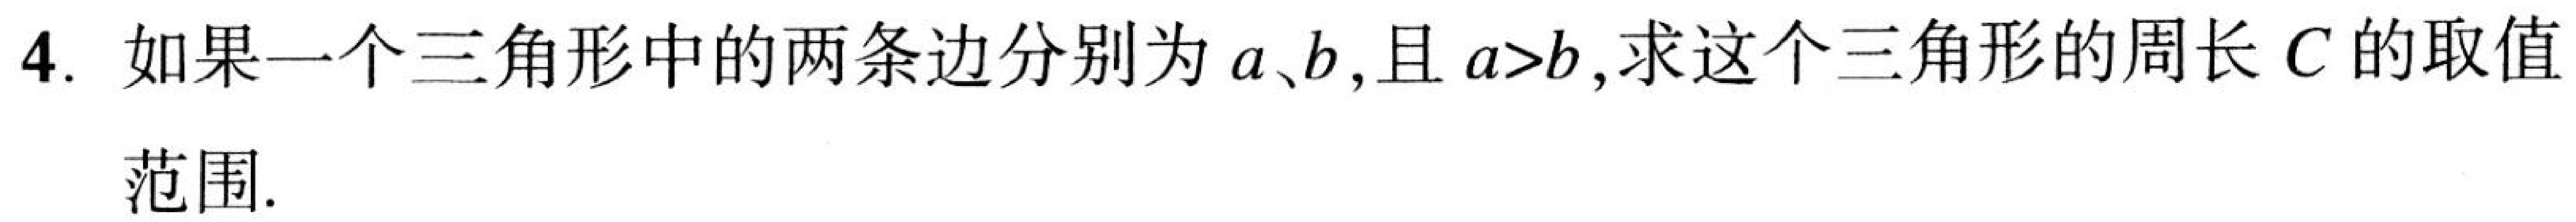
4. 如果一个三角形中的两条边分别为\(a、b\)，且\(a>b\)，求这个三角形的周长\(C\)的取值
范围.